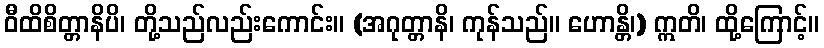
ဝီထိစိတ္တာနိပိ၊ တို့သည်လည်းကောင်း။ (အဂုတ္တာနိ၊ ကုန်သည်။ ဟောန္တိ၊) ဣတိ၊ ထို့ကြောင့်။